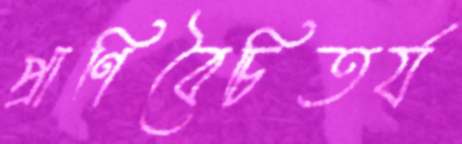
প্রাণিবৈচিতর্য